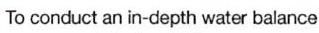
To conduct an in-depth water balance